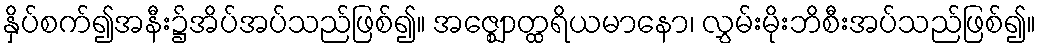
နှိပ်စက်၍အနီး၌အိပ်အပ်သည်ဖြစ်၍။ အဇ္ဈောတ္ထရိယမာနော၊ လွှမ်းမိုးဘိစီးအပ်သည်ဖြစ်၍။